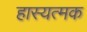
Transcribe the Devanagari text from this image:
हास्यत्मक